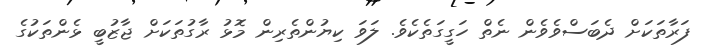
ފަރާތަކަށް ދެބަސްވެވެން ނެތް ހަގީގަތެކެވެ. ލަވަ ކިޔުންތެރިން މޮޅު ރާގުތަކަށް ޖާޒުބީ ޅެންތަކުގެ